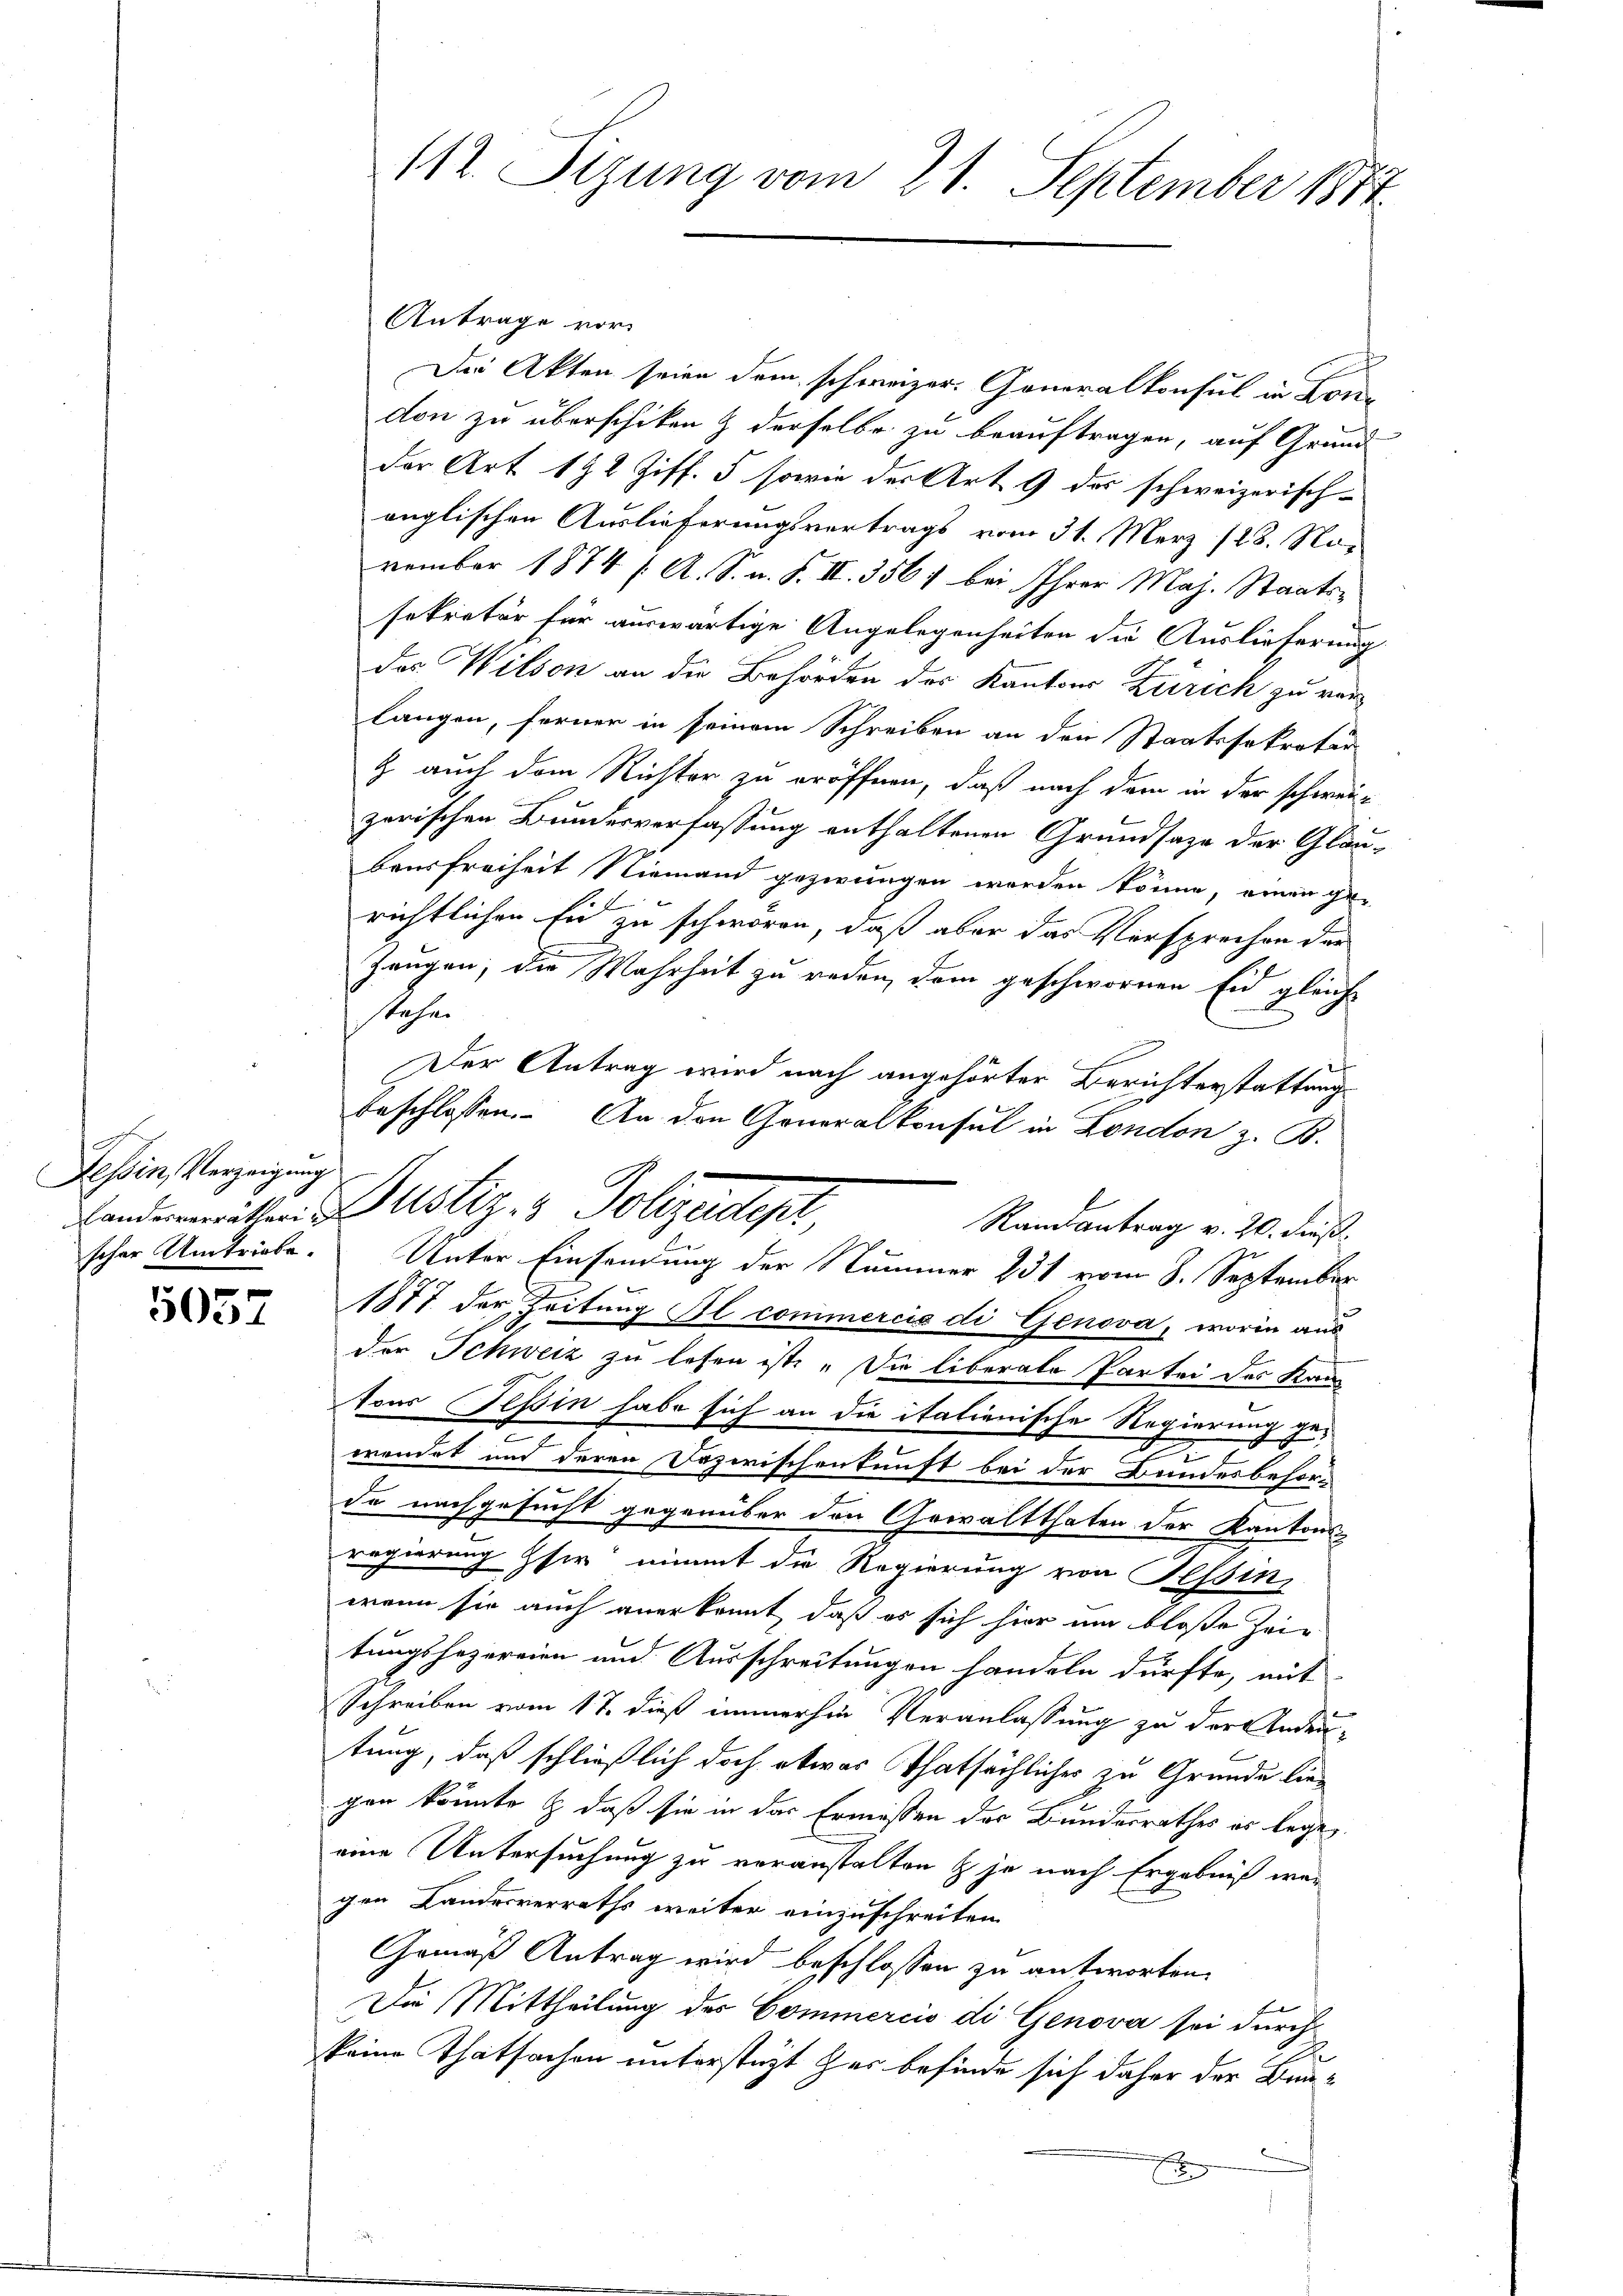
Tessin, Verzeigung

5057

Antrage vor
Die Akten seien dem schweizer. Generalkonsul in London zu überschiken & derselbe zu beauftragen, auf Grund
der Art 192 Ziff. 5 sowie der Art. 9 des schweizerischanglischen Auslieferungsvertrags vom 31. März 188. No-
vember 1874 /: A. S. n. F. II. 356, bei Ihrer Maj. Staatssekretär für auswärtige Angelegenheiten die Auslieferung
das Wilson an die Behörden des Kantons Zürich zu verlangen, ferner in seinem Schreiben an den Staatssekretär
& auch dem Richter zu eröffnen, daß nach dem in der schwei
zerischen Bundesverfassung enthaltenen Grundsaze der Gläu-
bensfreiheit Niemand gezwungen worden könne, einen ge-
richtlichen Ein zu schwören, daß aber das Versprechen der
Zeugen, die Wahrheit zu reden, dem geschwornen Eid gleich
stehen
Der Antrag wird nach angehörter Berichterstattung
Randantrag v. 20. Fuß.
1877 der Zeitung Il commercio di Genova, worin aus
der Schweiz zu lesen ist. „Die liberale Partei des Kau
tons Teßin habe sich an die italienische Regierung
uns
2
t
g
wendet und deren Dazwischenkunft bei der Bundesbehör-
de nachgesucht gegenüber den Gewaltthaten der Kantons-
regierung sie nimmt die Regierung von Tessin,
wenn sie auch anerkennt, daß es sich hier um bloße Zei-
tungshezereien und Ausschreitungen handeln dürfte, mit
Schreiben vom 17. dieß immerhin Veranlassung zu der Andertung, daß schließlich doch etwas Thatsächliches zu Grunde liegen könnte & daß sie in das Ermessen der Bundesrathes es lege
eine Untersuchung zu veranstalten & je nach Ergebniß wegen Landesverraths weiter einzuschreiten
Gemäß Antrag wird beschlossen zu antworten.
Die Mittheilung der Commercio di Genova sei durch
keine Thatsachen unterstüzt zur befinde sich daher der Bund
x

112. Sizung vom 21. September 1817

beschlossen. An den Generalkonsul in London z. B.
Landenmitten Justiz & Polizeitigt,
scher Umtriebe. Unter Einsendung der Nummer 231 vom 8. September